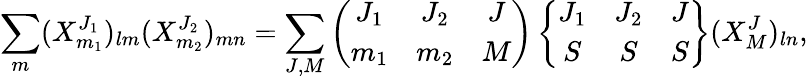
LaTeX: \sum_{m}(X_{m_{1}}^{J_{1}})_{lm}(X_{m_{2}}^{J_{2}})_{mn}=\sum_{J,M}\left(\begin{array}{ccc}{{J_{1}}}&{{J_{2}}}&{{J}}\\ {{m_{1}}}&{{m_{2}}}&{{M}}\end{array}\right)\left\{ \begin{array}{ccc}{{J_{1}}}&{{J_{2}}}&{{J}}\\ {{S}}&{{S}}&{{S}}\end{array}\right\} (X_{M}^{J})_{ln},